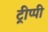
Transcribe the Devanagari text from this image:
ट्रीप्पी